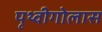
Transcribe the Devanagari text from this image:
पृथ्वीगोलास